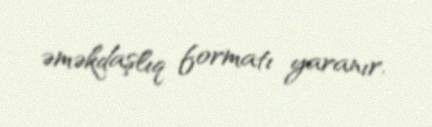
əməkdaşlıq formatı yaranır.